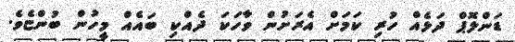
ޑަންލޮޕް ދަޅެއް ހުރި ކަމަށް އެރަށުން ވާހަކަ ދެއްކި ބައެއް މީހުން ބުންޏެވެ.